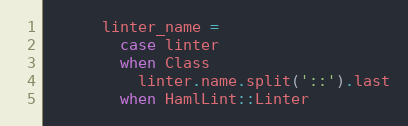
Language: Ruby
      linter_name =
        case linter
        when Class
          linter.name.split('::').last
        when HamlLint::Linter